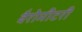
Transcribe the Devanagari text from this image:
बैरोमीटरी